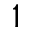
1